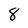
Character: 8